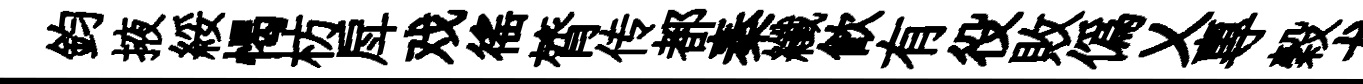
鈞掖綏愒枋戽戏徭膂传都秦纖飲有役敗偽乂專穀龙